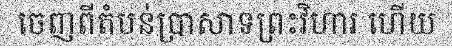
ចេញពីតំបន់ប្រាសាទព្រះវិហារ ហើយ